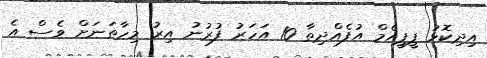
އިދިކޮޅު ޕީޕީއެމް އުފެއްދިތާ 10 އަހަރު ފުރުނު އިރު މިހާތަނަށް ވެސް އެ